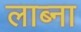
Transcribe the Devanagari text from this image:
लाब्ना